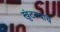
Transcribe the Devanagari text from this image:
खुंटल्याचे